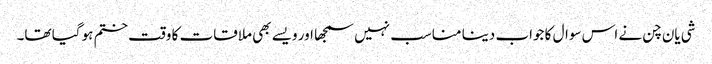
شی یان چن نے اس سوال کا جواب دینا مناسب نہیں سمجھا اور ویسے بھی ملاقات کا وقت ختم ہو گیا تھا۔